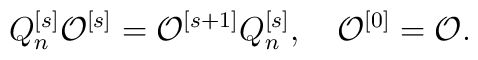
Q_n^{[s]}{\cal O}^{[s]}={\cal O}^{[s+1]}Q_n^{[s]},\quad{\cal O}^{[0]}={\cal O}.